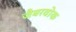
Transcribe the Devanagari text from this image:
जैबरवोक